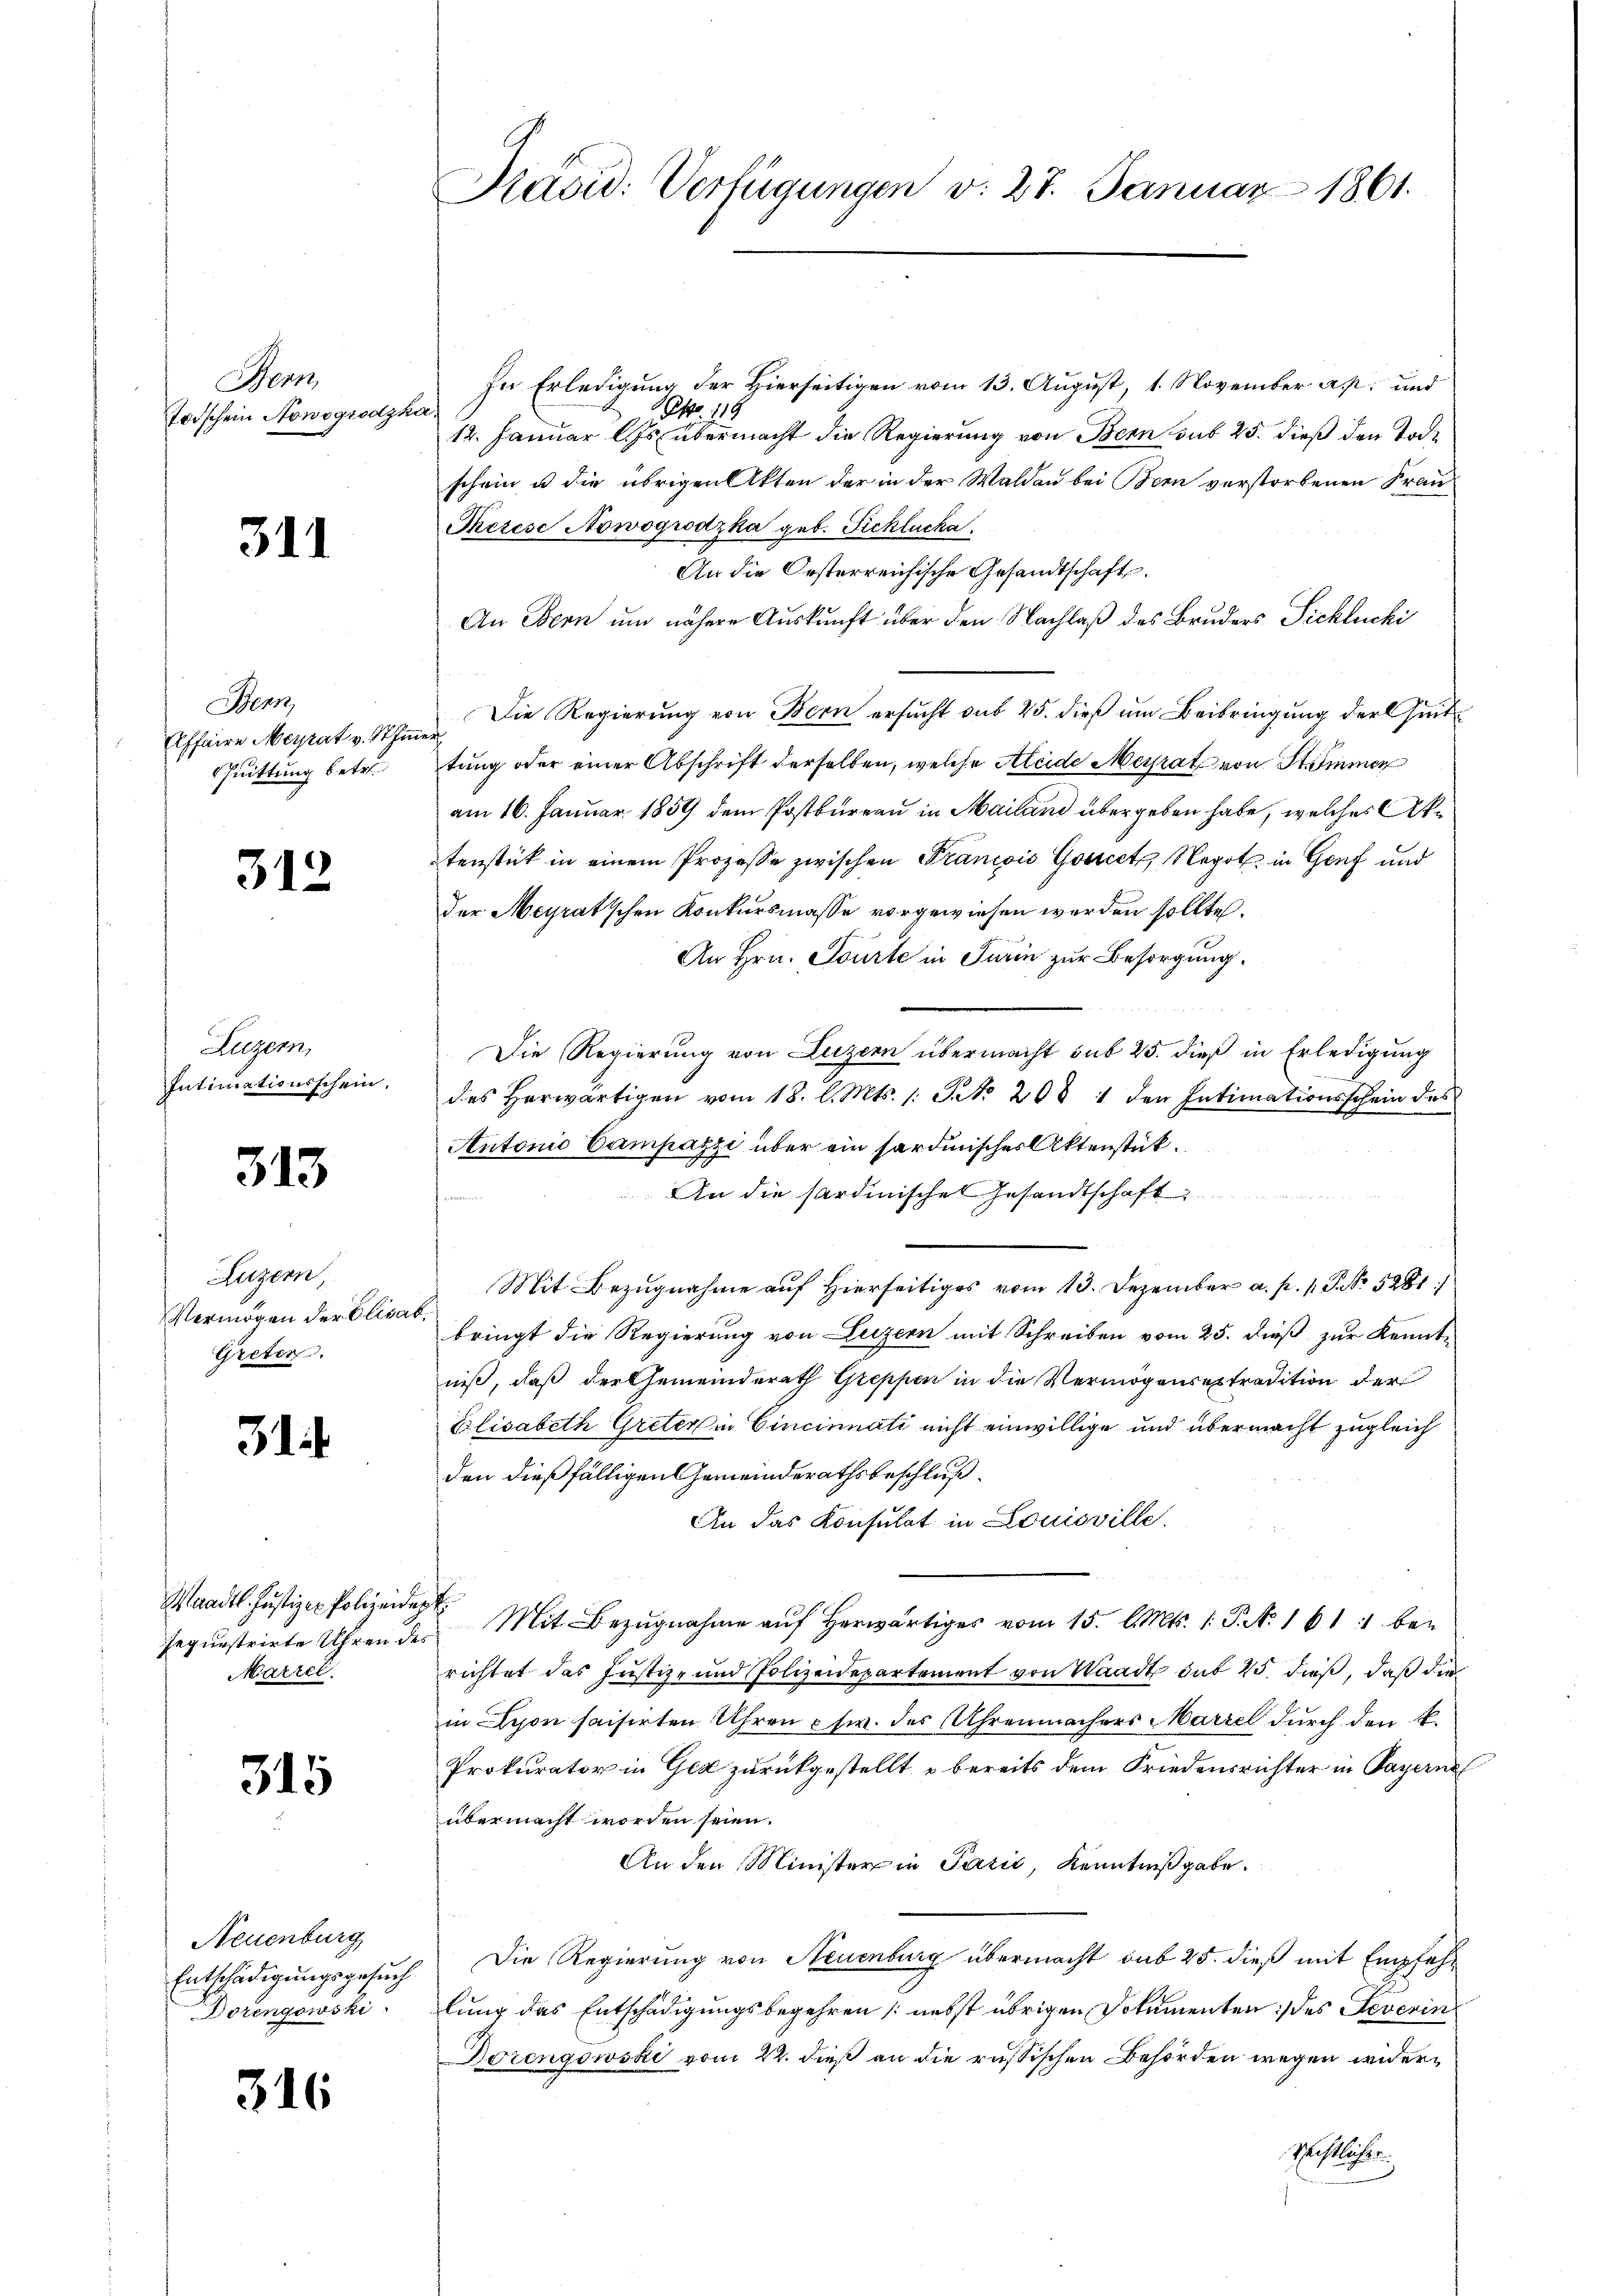
Bern
Todschein Nowogrodzi

311

Bern,
Affaire Merat v. Stu
Quittung betr.

312

Luzern,
Intimationsschein.

313

Luzern,
Vermögen der Elisa
Greten.

31

Waadt Justizen Polizeideg
Jequestrirte Uhren des
Marzel.

315

Neuenburg
Entschädigungsgesuch
Dorengowski

316

Präsid. Verfügungen v. 27. Januar 1861.

In Erledigung der Hierseitigen vom 13. August, 1. November a. p. und
o. 119
14. Januar l. Js. übermacht die Regierung von Bern sub 25. dieß den Tode
schein u die übrigen Akten der in der Walden bei Bern verstorbenen Frau¬
Therese Nowogrodzka geb. Sichlucka
An die Oesterreichische Gesandtschaft,
An Bern und nähere Auskunft über den Nachlaß des Bruders Pickluchi
Die Regierung von Bern ersucht sub 25. dieß um Beibringung der Zeit
tung oder einer Abschrift derselben, welche Kleide Meyrat von Stimmer
am 16. Januar 1859 dem Postbureau in Mailand übergeben habe, welches Aktenstück in einem Prozesse zwischen Prancois Gourcet, Negot in Genf und
der Aeyrat'schen Konkursmasse vorgewiesen werden sollte.
An Hrn. Tourte in Furin zur Besorgung.
Die Regierung von Luzern übermacht sub 25. dieß in Erledigung
des herwärtigen vom 18. l. Mts. 1. Petr. 208 1 den Intimationsschein des
Antonio Campazzi über ein sardinisches Aktenstük¬
An die sardinische Gesandtschaft
Mit Bezugnahme auf Hierseitiges vom 13. Dezember a. p. 1. P. No 5281
bringt die Regierung von Luzern mit Schreiben vom 25. dieß zur Kennt-
niß, daß der Gemeinderath Greppen in die Vermögensextradition der
Blisabeth Greter in Cincinnati nicht einwillige und übermacht zugleich
den dießfälligen Gemeinderathsbeschluß¬
An das Konsulat in Louisville.
 Mit Bezŭgnahme aŭf herwärtiges vom 15. l. Mts. 1. P. Nr. 161 : be-
richtet des Justiz- und Polizeidepartement von Waadt das 15. dieß, daß die
in Lyon saisirten Uhren usw. des Uhrenmachers Mariel durch den k.
Prokurator in Gez zurückgestellt, u bereits dem Friedensrichter in Payerne
übermacht worden seien.
An den Minister in Pazić, Kenntnißgabe.
Die Regierung von Neuenburg übermacht sub 25. dieß mit Empfehlung das Entschädigungsbegehren (nebst übrigen Dokumenten des Severin
Dorengowski vom 22. dieß an die russischen Behörden wegen wider¬
Rechtlicher.